Report of the Indian Hemp Drugs Commission, 1894-1895 - Volume IV
Year: 1894
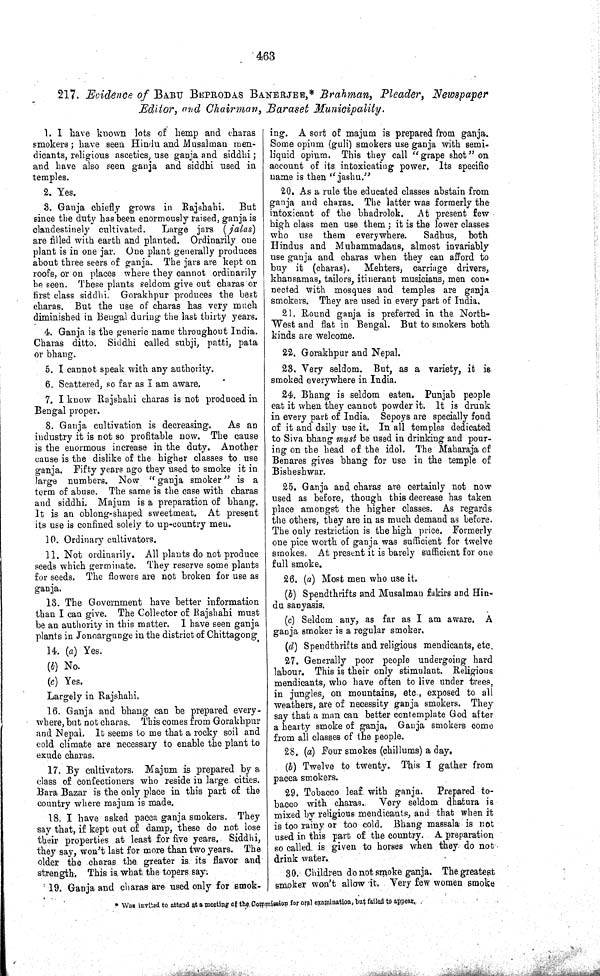
463
217. Evidence of BABU BEPRODAS BANERJEE,* Brahman, Pleader, Newspaper
Editor, and Chairman, Baraset
Municipality.
1. I have known lots of hemp and charas
smokers; have seen Hindu and Musalman men-
dicants, religious ascetics, use ganja and siddhi;
and have also seen ganja and siddhi used in
temples.
2. Yes.
3. Ganja chiefly grows in Rajshahi. But
since the duty has been enormously raised, ganja is
clandestinely cultivated.
Large jars (jalas)
are filled with earth and planted. Ordinarily one
plant is in one jar. One plant generally produces
about three seers of ganja. The jars are kept on
roofs, or on places where they cannot ordinarily
be seen. These plants seldom give out charas or
first class siddhi. Gorakhpur produces the best
charas. But the use of charas has very much
diminished in Bengal during the last thirty years.
4. Ganja is the generic name throughout India.
Charas ditto. Siddhi called subji, patti, pata
or bhang.
5. I cannot speak with any authority.
6. Scattered, so far as I am aware.
7. I know Rajshahi charas is not produced in
Bengal proper.
8. Ganja cultivation is decreasing.
As an
industry it is not so profitable now. The cause
is the enormous increase in the duty. Another
cause is the dislike of the higher classes to use
ganja. Fifty years ago they used to smoke it in
large numbers. Now "ganja smoker" is a
term of abuse. The same is the case with charas
and siddhi. Majum is a preparation of bhang.
It is an oblong-shaped sweetmeat. At present
its use is confined solely to up-country men.
10. Ordinary cultivators.
11. Not ordinarily. All plants do not produce
seeds which germinate. They reserve some plants
for seeds. The flowers are not broken for use as
ganja.
13. The Government have better information
than I can give. The Collector of Rajshahi must
be an authority in this matter. I have seen ganja
plants in Jonoargunge in the district of Chittagong.
14. (a) Yes.
(b) No.
(c) Yes.
Largely in Rajshahi.
16. Ganja and bhang can be prepared every-
where, but not charas. This comes from Gorakhpur
and Nepal. It seems to me that a rocky soil and
cold climate are necessary to enable the plant to
exude charas.
17. By cultivators. Majum is prepared by a
class of confectioners who reside in large cities.
Bara Bazar is the only place in this part of the
country where majum is made.
18. I have asked pacca ganja smokers. They
say that, if kept out of damp, these do not lose
their properties at least for five years. Siddhi,
they say, won't last for more than two years.. The
older the charas the greater is its flavor and
strength. This is what the topers say.
19. Ganja and charas are used only for smok-
ing. A sort of majum is prepared from ganja.
Some opium (guli) smokers use ganja with semi-
liquid opium. This they call "grape shot" on
account of its intoxicating power. Its specific
name is then "jashu."
20. As a rule the educated classes abstain from
ganja and charas. The latter was formerly the
intoxicant of the bhadrolok. At present few
high class men use them; it is the lower classes
who use them everywhere.
Sadhus, both
Hindus and Muhammadans, almost invariably
use ganja and charas when they can afford to
buy it (charas). Mehters, carriage drivers,
khansamas, tailors, itinerant musicians, men con-
nected with mosques and temples are ganja
smokers. They are used in every part of India.
21. Round ganja is preferred in the North-
West and flat in Bengal. But to smokers both
kinds are welcome.
22. Gorakhpur and Nepal.
23. Very seldom. But, as a variety, it is
smoked everywhere in India.
24. Bhang is seldom eaten. Punjab people
eat it when they cannot powder it. It is drunk
in every part of India. Sepoys are specially fond
of it and daily use it. In all temples dedicated
to Siva bhang must be used in drinking and pour-
ing on the head of the idol. The Maharaja of
Benares gives bhang for use in the temple of
Bisheshwar.
25. Ganja and charas are certainly not now
used as before, though this decrease has taken
place amongst the higher classes. As regards
the others, they are in as much demand as before.
The only restriction is the high price. Formerly
one pice worth of ganja was sufficient for twelve
smokes. At present it is barely sufficient for one
full smoke.
26. (a) Most men who use it.
(b) Spendthrifts and Musalman fakirs and Hin-
du sanyasis.
(c) Seldom any, as far as I am aware. A
ganja smoker is a regular smoker.
(d) Spendthrifts and religious mendicants, etc.
27. Generally poor people undergoing hard
labour. This is their only stimulant. Religious
mendicants, who have often to live under trees,
in jungles, on mountains, etc., exposed to all
weathers, are of necessity ganja smokers. They
say that a man can better contemplate God after
a hearty smoke of ganja. Ganja smokers come
from all classes of the people.
28. (a) Four smokes (chillums) a day.
(b) Twelve to twenty. This I gather from
pacca smokers.
29. Tobacco leaf with ganja.
Prepared to-
bacco with charas.
Very seldom dhatura is
mixed by religious mendicants, and that when it
is too rainy or too cold. Bhang massala is not
used in this part of the country. A preparation
so called is given to horses when they do not
drink water.
30. Children do not smoke ganja. The greatest
smoker won't allow it. Very few women smoke
* Was invited to attend at a meeting of the Commission for oral examination, but failed to appear.